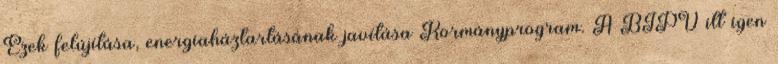
Ezek felújítása, energiaháztartásának javítása Kormányprogram. A BIPV itt igen